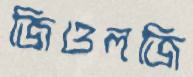
জিওলজি